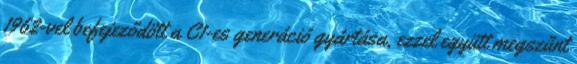
1962-vel befejeződött a C1-es generáció gyártása, ezzel együtt megszűnt